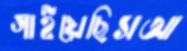
গাইয়েছিসআ